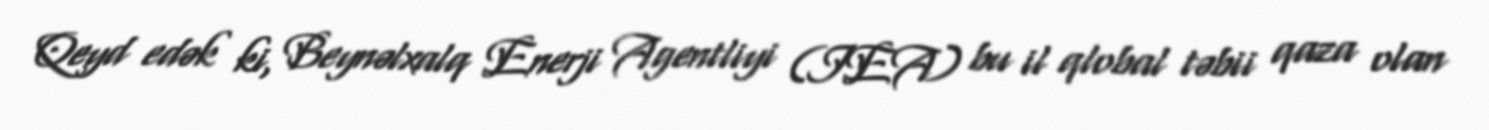
Qeyd edək ki, Beynəlxalq Enerji Agentliyi (IEA) bu il qlobal təbii qaza olan